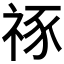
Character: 𥙮